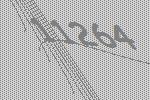
11264